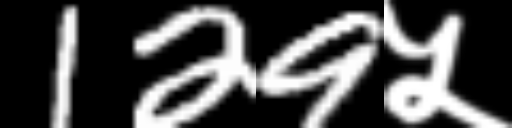
Text: 129५